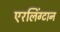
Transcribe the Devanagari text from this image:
एरलिंग्टान